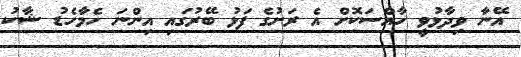
އޭނާ ވިދާޅުވީ ހާއްސަކޮށް އެ ރަށުގެ ފަޅު ބޭރުގައި އިންނަ ހެމާހެޑު ޝާކު